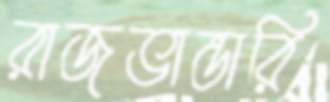
রাজভান্ডারি